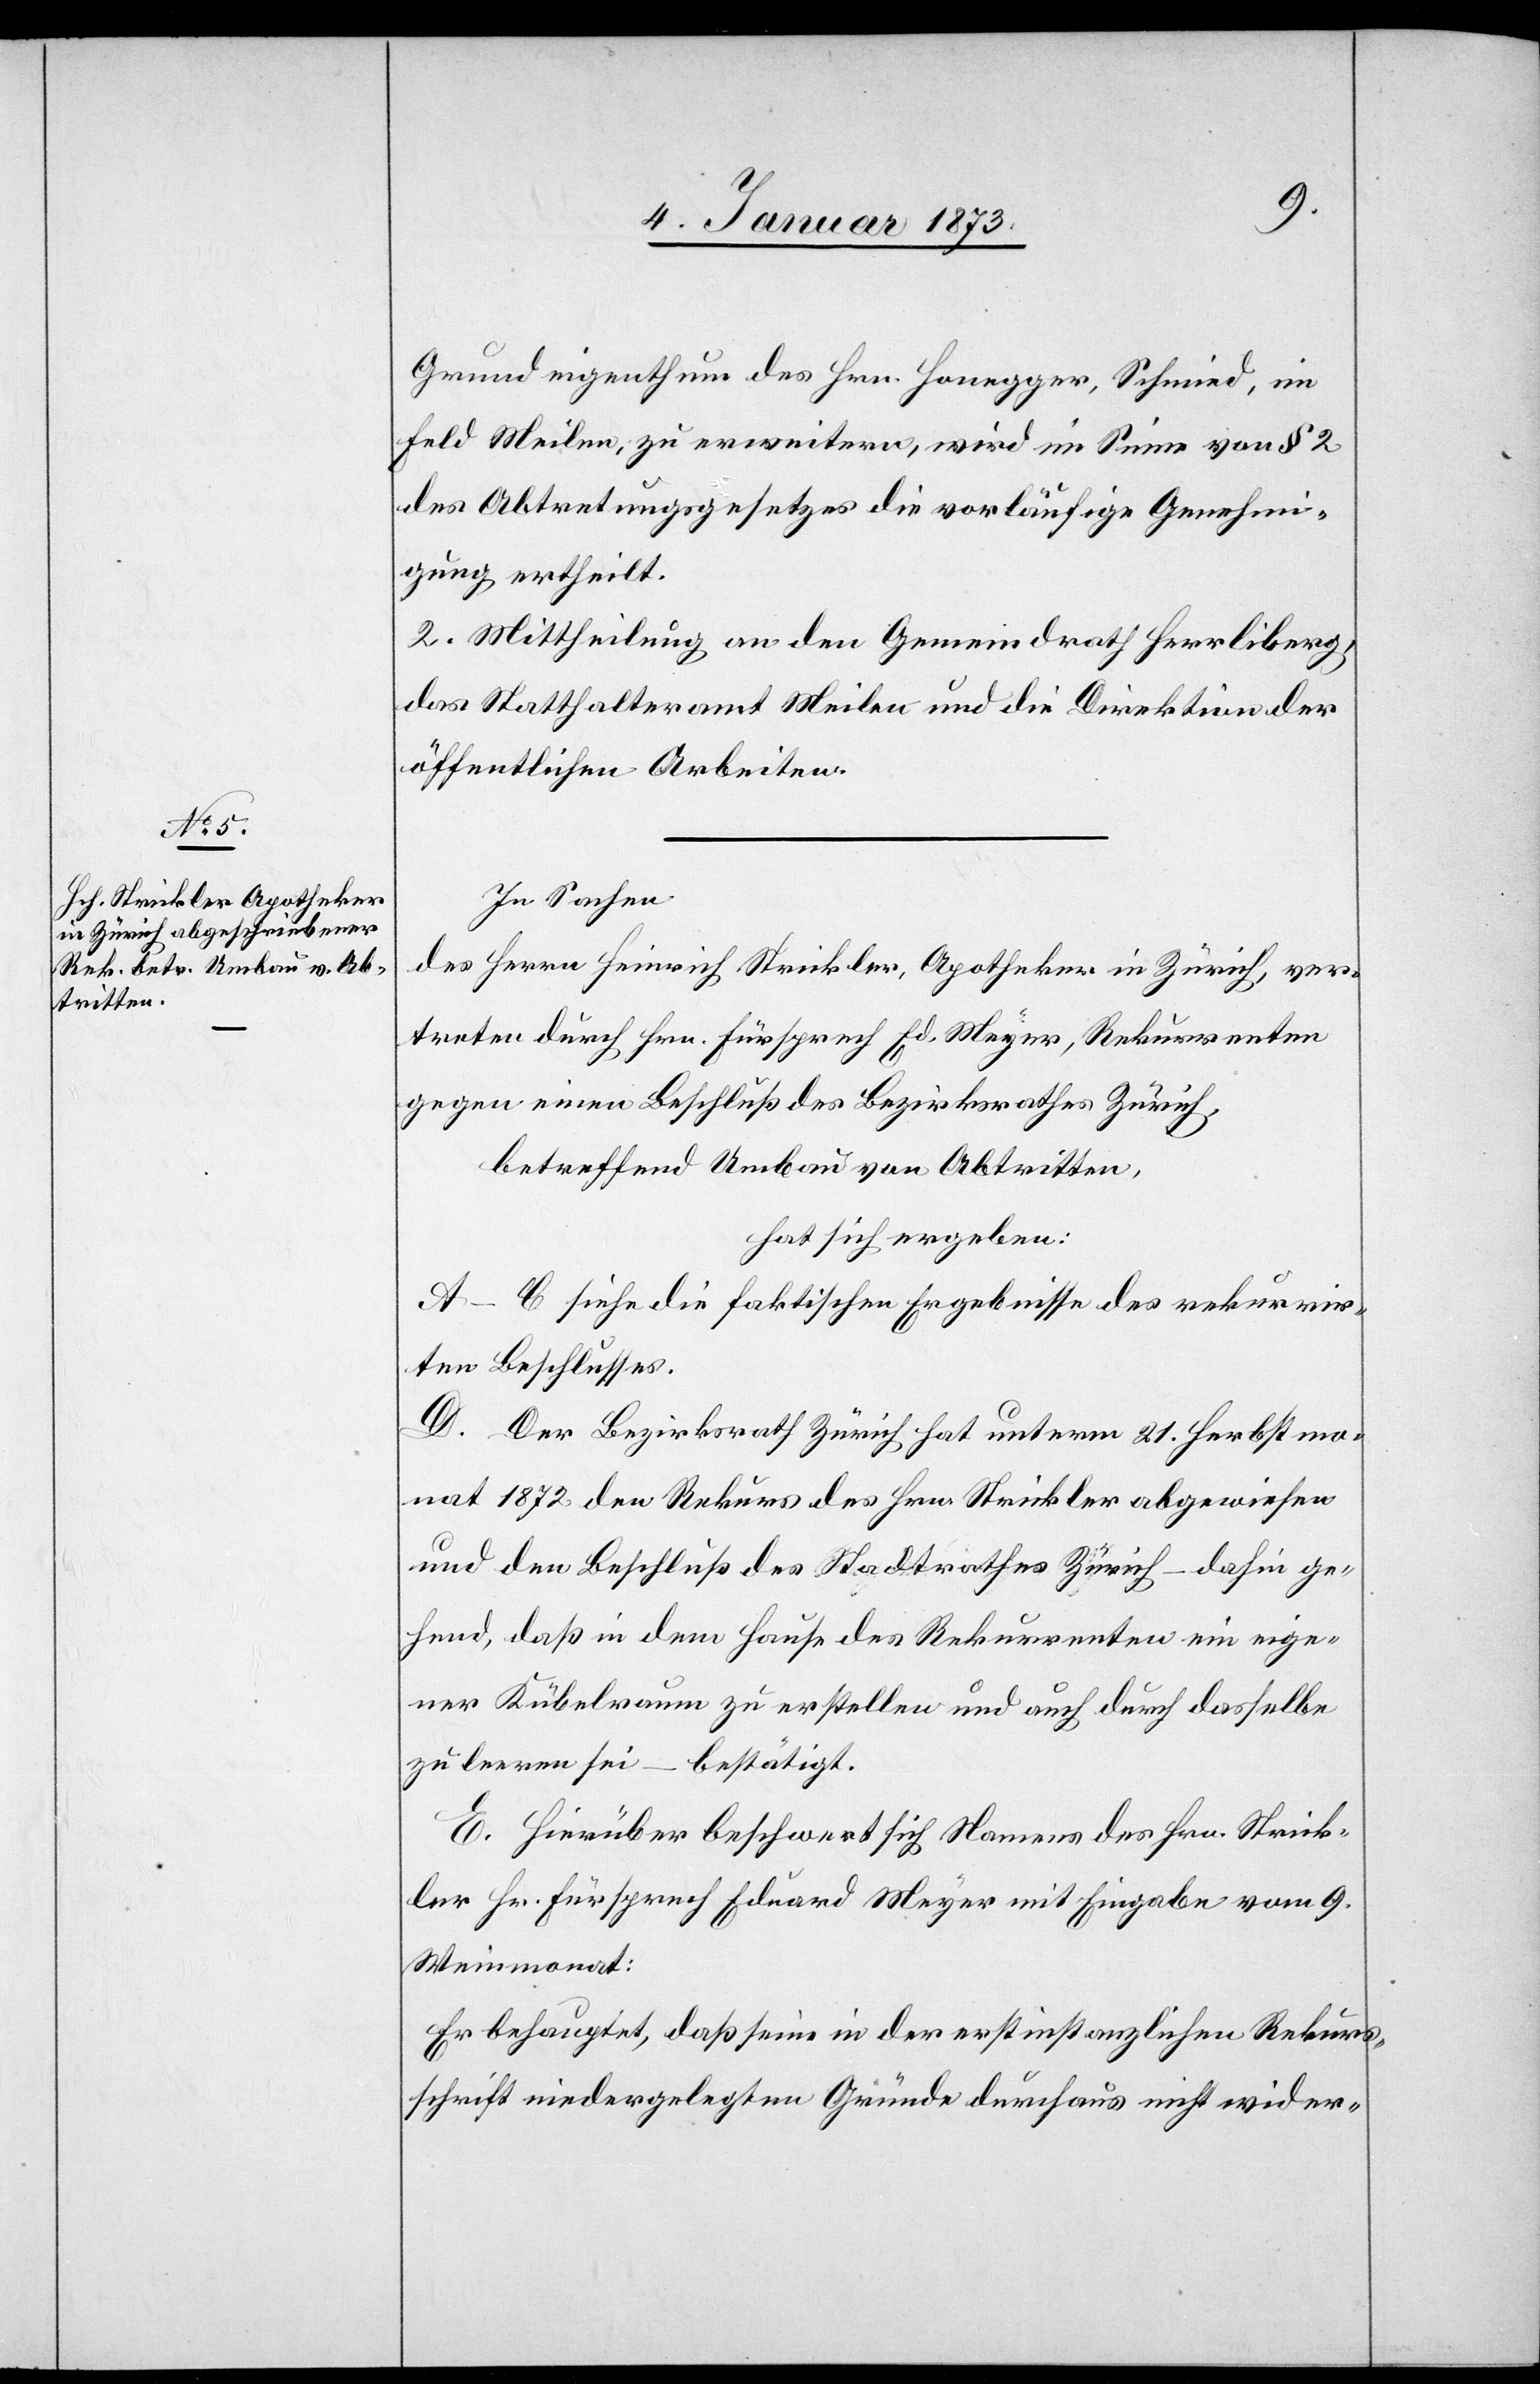
Grundeigenthum des Hrn. Honegger, Schmied, im
Feld Meilen, zu erweitern, wird im Sinne von § 2
des Abtretungsgesetzes die vorläufige Genehmi¬
gung ertheilt.
2. Mittheilung an den Gemeindrath Herrliberg,
das Statthalteramt Meilen und die Direktion der
öffentlichen Arbeiten.
In Sachen
des Herrn Heinrich Strickler, Apotheker in Zürich, ver¬
treten durch Hrn. Fürsprech Ed. Meyer, Rekurrenten
gegen einen Beschluß des Bezirksrathes Zürich,
betreffend Umbau von Abtritten,
hat sich ergeben:
A–C. siehe die faktischen Ergebnisse des rekurrir¬
ten Beschlusses.
D. Der Bezirksrath Zürich hat unterm 21. Herbstmo¬
nat 1872 den Rekurs des Hrn. Strickler abgewiesen
und den Beschluß des Stadtrathes Zürich – dahin ge¬
hend, daß in dem Hause des Rekurrenten ein eige¬
ner Kübelraum zu erstellen und auch durch dasselbe
zu leeren sei – bestätigt.
E. Hierüber beschwert sich Namens des Hrn. Strick¬
ler Hr. Fürsprech Eduard Meyer mit Eingabe vom 9.
Weinmonat:
Er behauptet, daß seine in der erstinstanzlichen Rekurs¬
schrift niedergelegten Gründe durchaus nicht wider-